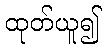
ထုတ်ယူ၍